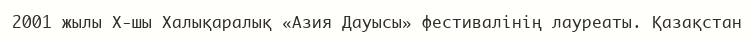
2001 жылы Х-шы Халықаралық «Азия Дауысы» фестивалінің лауреаты. Қазақстан